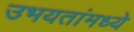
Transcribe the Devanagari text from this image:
उभयतांमध्ये